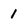
Character: 1